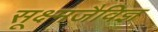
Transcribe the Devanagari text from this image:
सूक्ष्मजैविज्ञ